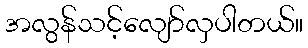
အလွန်သင့်လျော်လှပါတယ်။